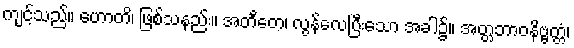
ကျင့်သည်။ ဟောတိ၊ ဖြစ်သနည်း။ အတီတေ၊ လွန်လေပြီးသော အခါ၌။ အတ္တဘာဝနိဗ္ဗတ္တံ၊